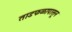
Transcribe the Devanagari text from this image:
ताडफळापासून